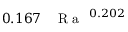
0 . 1 6 7 \, \mathrm { ~ \textit ~ { ~ R ~ a ~ } ~ } ^ { 0 . 2 0 2 }